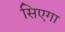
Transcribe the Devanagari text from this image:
सिएगा